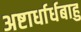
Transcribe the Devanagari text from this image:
अष्टार्धार्धबाहु